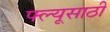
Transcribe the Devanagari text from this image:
फ्ल्यूसाठी